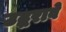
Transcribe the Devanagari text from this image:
उद्धरावे